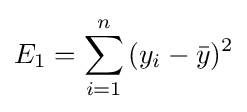
E_{1}=\sum _{i=1}^{n}{(y_{i}-{\bar {y}})^{2}}